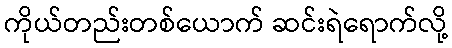
ကိုယ်တည်းတစ်ယောက် ဆင်းရဲရောက်လို့